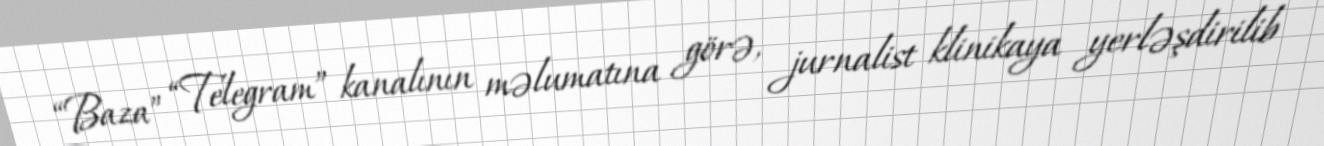
“Baza” “Telegram” kanalının məlumatına görə, jurnalist klinikaya yerləşdirilib